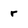
Character: r